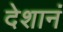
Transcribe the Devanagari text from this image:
देशानं